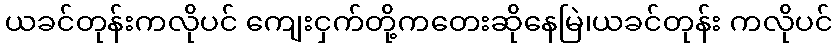
ယခင်တုန်းကလိုပင် ကျေးငှက်တို့ကတေးဆိုနေမြဲ၊ယခင်တုန်း ကလိုပင်